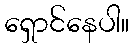
ရှောင်နေပါ။